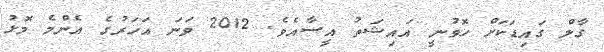
ގާލް ގައިޑަކަށް ހޮވުނީ އައިޝަތު އީސާއެވެ. 2012 ވަނަ އަހަރުގެ އެންމެ މޮޅު